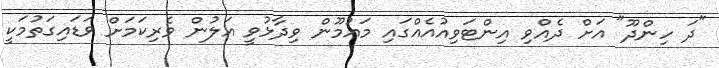
"ދަ ހިންދޫ" އަށް ދެއްވި އިންޓަވިއުއެއްގައި މައުމޫން ވިދާޅުވީ އަލުން ވެރިކަމަށް ވަޑައިގަތުމަކީ